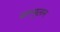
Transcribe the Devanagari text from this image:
कम्पुलन